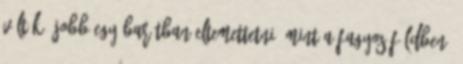
vélték, jobb egy barátban eltemettetni, mint a fagyos földben.